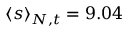
\langle s \rangle _ { N , t } = 9 . 0 4 \